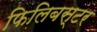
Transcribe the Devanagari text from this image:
फिलिबस्टर